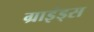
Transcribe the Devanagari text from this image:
ग्राइंड्स